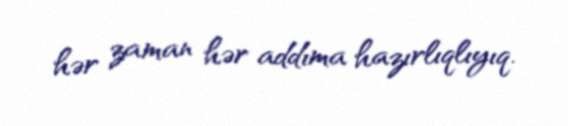
hər zaman hər addıma hazırlıqlıyıq.